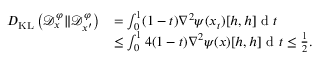
\begin{array} { r l } { D _ { \mathrm { K L } } \left( \mathcal { D } _ { x } ^ { \varphi } \| \mathcal { D } _ { x ^ { \prime } } ^ { \varphi } \right) } & { = \int _ { 0 } ^ { 1 } ( 1 - t ) \nabla ^ { 2 } \psi ( x _ { t } ) [ h , h ] \textup { d } t } \\ & { \le \int _ { 0 } ^ { 1 } 4 ( 1 - t ) \nabla ^ { 2 } \psi ( x ) [ h , h ] \textup { d } t \le \frac { 1 } { 2 } . } \end{array}